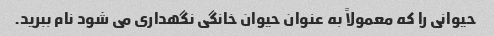
حیوانی را که معمولاً به عنوان حیوان خانگی نگهداری می شود نام ببرید.